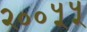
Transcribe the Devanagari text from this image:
२००५५